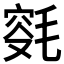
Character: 𣮯